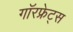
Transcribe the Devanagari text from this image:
गॉरफ्रेट्स